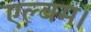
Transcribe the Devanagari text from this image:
एल्बम।